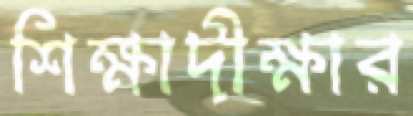
শিক্ষাদীক্ষার